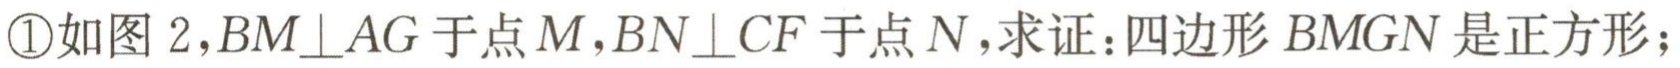
\textcircled{1}如图 2，$BM\perp AG$于点$M$，$BN\perp CF$于点$N$，求证：四边形$BMGN$是正方形；